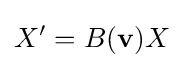
X'=B(\mathbf {v} )X